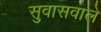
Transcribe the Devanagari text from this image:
सुवासवाले